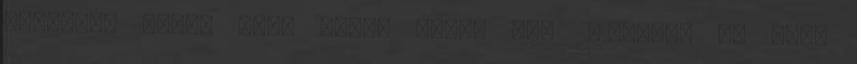
teljesen ugyan úgy, ahogy tette azt 2016-ban. Az idei